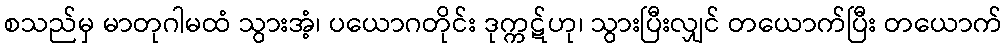
စသည်မှ မာတုဂါမထံ သွားအံ့၊ ပယောဂတိုင်း ဒုက္ကဋ်ဟု၊ သွားပြီးလျှင် တယောက်ပြီး တယောက်